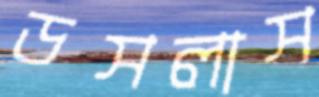
ডসলাস